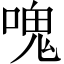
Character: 𠺌